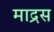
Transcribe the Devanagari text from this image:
माद्रस